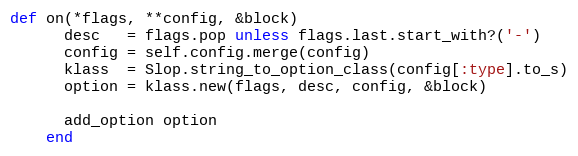
Language: Ruby
def on(*flags, **config, &block)
      desc   = flags.pop unless flags.last.start_with?('-')
      config = self.config.merge(config)
      klass  = Slop.string_to_option_class(config[:type].to_s)
      option = klass.new(flags, desc, config, &block)

      add_option option
    end